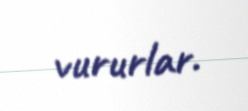
vururlar.